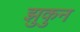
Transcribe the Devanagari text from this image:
झुकुन